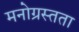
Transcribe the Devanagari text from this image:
मनोग्रस्तता